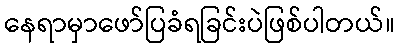
နေရာမှာဖော်ပြခံရခြင်းပဲဖြစ်ပါတယ်။